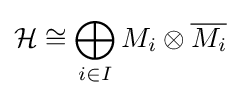
{\mathcal {H}}\cong \bigoplus _{i\in I}M_{i}\otimes {\overline {M_{i}}}